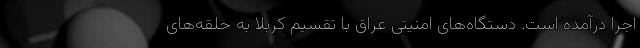
اجرا درآمده است. دستگاه‌های امنیتی عراق با تقسیم کربلا به حلقه‌های